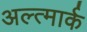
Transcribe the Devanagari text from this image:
अल्त्मार्क